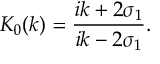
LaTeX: K _ { 0 } ( k ) = \frac { i k + 2 \sigma _ { 1 } } { i k - 2 \sigma _ { 1 } } .